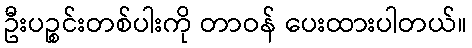
ဦးပဉ္စင်းတစ်ပါးကို တာဝန် ပေးထားပါတယ်။